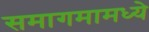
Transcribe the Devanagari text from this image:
समागमामध्ये